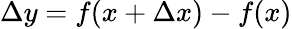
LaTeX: \Delta y=f(x+\Delta x)-f(x)